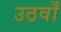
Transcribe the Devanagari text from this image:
उठवाँ